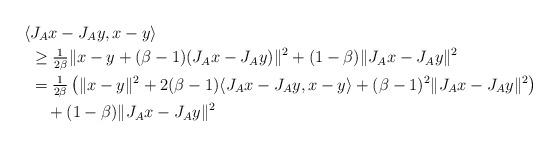
LaTeX: \begin{align*}\langle &J_Ax-J_Ay,x-y\rangle\\&\geq\tfrac{1}{2\beta}\|x-y+(\beta-1)(J_Ax-J_Ay)\|^2+(1-\beta)\|J_Ax-J_Ay\|^2\\&=\tfrac{1}{2\beta}\left(\|x-y\|^2+2(\beta-1)\langle J_Ax-J_Ay,x-y\rangle +(\beta-1)^2\|J_Ax-J_Ay\|^2\right)\\&\quad+(1-\beta)\|J_Ax-J_Ay\|^2\end{align*}